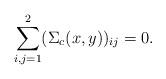
LaTeX: \begin{align*}\sum_{i, j = 1}^2 (\Sigma_c (x, y) )_{i j} = 0 .\end{align*}